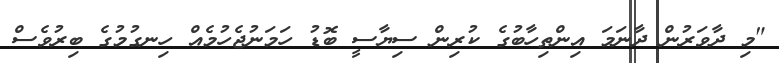
"މި ދާވަރުން ދާނަމަ އިންތިހާބުގެ ކުރިން ސިޔާސީ ބޮޑު ހަމަނުޖެހުމެއް ހިނގުމުގެ ބިރުވެސް